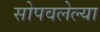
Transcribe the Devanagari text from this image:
सोपवलेल्या